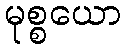
မုစ္စယော